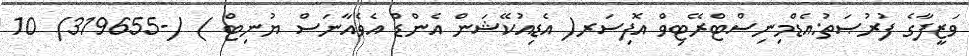
ވަޒީފާގެ ފުރުޞަތު:އެޑްމިނިސްޓްރޭޓިވް އޮފިސަރ( އެޑިއުކޭޝަން އެންޑް އެވެއާނަސް ޔުނިޓް ) (-319655) 10